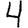
Digit: 4